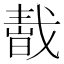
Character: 𢧬